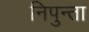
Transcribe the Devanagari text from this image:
निपुन्ता